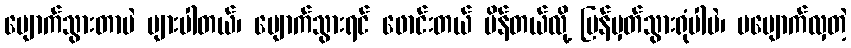
ပျောက်သွားတာပဲ များပါတယ်၊ ပျောက်သွားရင် ဖောင်းတယ် ပိန်တယ်လို့ ပြန်မှတ်သွားရုံပါပဲ၊ မပျောက်လှတဲ့